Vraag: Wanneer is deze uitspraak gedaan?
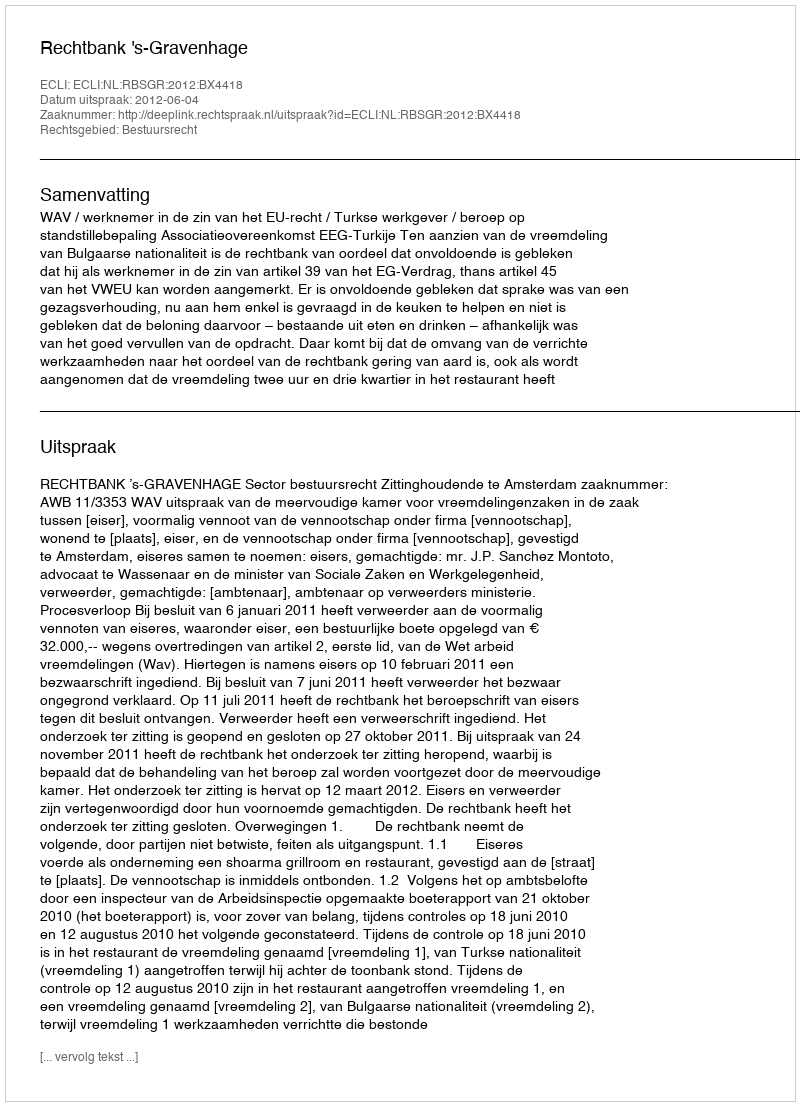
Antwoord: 2012-06-04